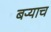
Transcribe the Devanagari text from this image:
बऱ्‍याच